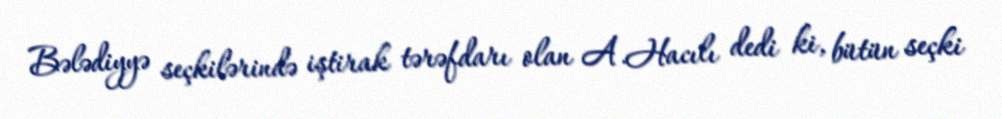
Bələdiyyə seçkilərində iştirak tərəfdarı olan A.Hacılı dedi ki, bütün seçki